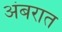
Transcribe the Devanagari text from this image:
अंबरात